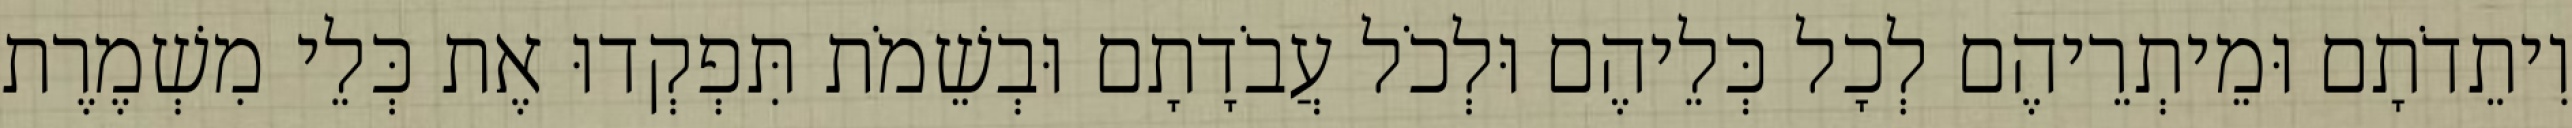
וִיתֵדֹתָם וּמֵיתְרֵיהֶם לְכָל כְּלֵיהֶם וּלְכֹל עֲבֹדָתָם וּבְשֵׁמֹת תִּפְקְדוּ אֶת כְּלֵי מִשְׁמֶרֶת